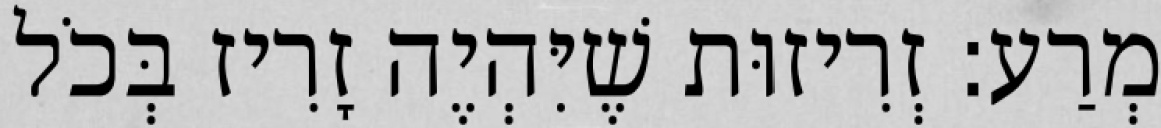
מְרַע: זְרִיזוּת שֶׁיִּהְיֶה זָרִיז בְּכֹל